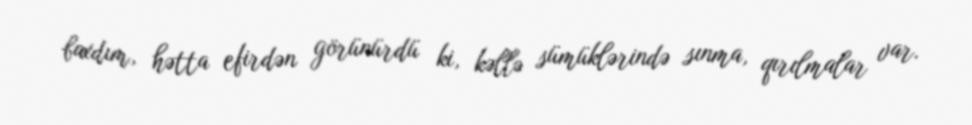
baxdım, hətta efirdən görünürdü ki, kəllə sümüklərində sınma, qırılmalar var.